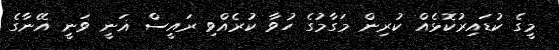
މީގެ ކުޑައިރުކޮޅެއް ކުރިން މަގާމުގެ ހުވާ ކުރެއްވި ރައީސް ޣަނީ ވަނީ އޭނާގެ